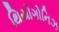
થિયોગોનિઝ